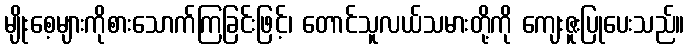
မျိုးစေ့များကိုစားသောက်ကြခြင်းဖြင့်၊ တောင်သူလယ်သမားတို့ကို ကျေးဇူးပြုပေးသည်။